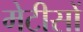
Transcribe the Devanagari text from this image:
मेटीसों